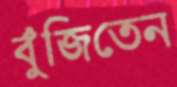
বুঁজিতেন